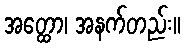
အတ္ထော၊ အနက်တည်း။